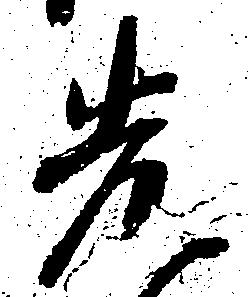
先